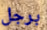
برجل